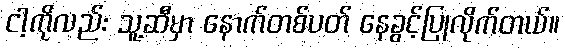
ငါ့ကိုလည်း သူ့ဆီမှာ နောက်တစ်ပတ် နေခွင့်ပြုလိုက်တယ်။